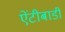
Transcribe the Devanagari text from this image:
ऐंटीबाडी